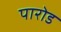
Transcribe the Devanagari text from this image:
पारोड